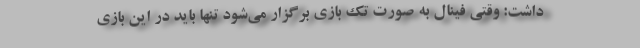
داشت: وقتی فینال به صورت تک بازی برگزار می‌شود تنها باید در این بازی